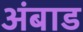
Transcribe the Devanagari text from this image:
अंबाड